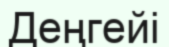
Деңгейі